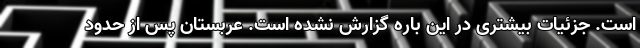
است. جزئیات بیشتری در این باره گزارش نشده است. عربستان پس از حدود